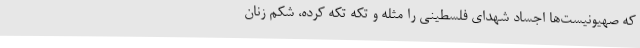
که صهیونیست‌ها اجساد شهدای فلسطینی را مثله و تکه تکه کرده، شکم زنان